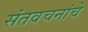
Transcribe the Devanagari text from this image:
संतवचनांचे